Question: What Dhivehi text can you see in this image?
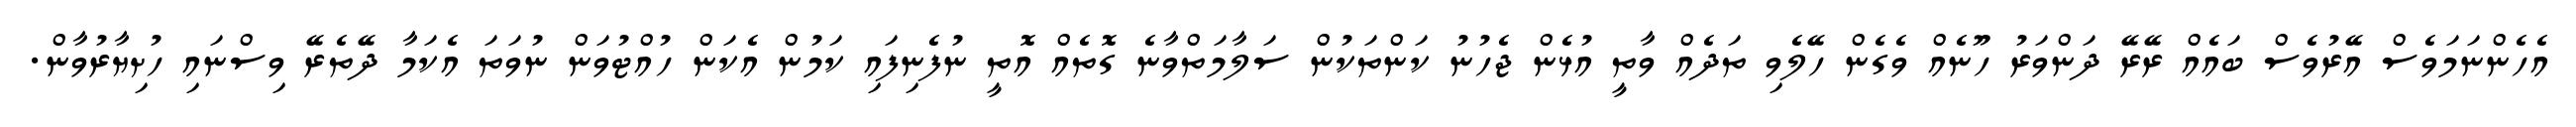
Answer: އެހެންނަމަވެސް އޭރުވެސް ބައެއް ރޭރޭ ދަންވަރު ހޫނެއް ވެގެން ހޭލެވި ތަދެއް ވާތީ އުޅެން ޖެހުނު ކަންތަކުން ސަލާމަތްވާނެ ގޮތެއް އޮތީ ނުފެނިފައި ކަމުން އެކަން ހުއްޓުވަން ނުވަތަ އެކަމާ ދޭތެރޭ ވިސްނައި ހުށިޔާރުވާން.